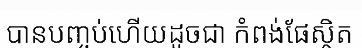
បានបញ្ចប់ហើយដូចជា កំពង់ផែស្ថិត